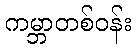
ကမ္ဘာတစ်ဝန်း